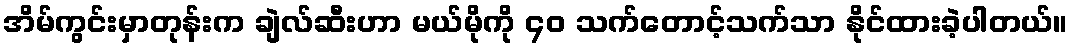
အိမ်ကွင်းမှာတုန်းက ချဲလ်ဆီးဟာ မယ်မိုကို ၄၀ သက်တောင့်သက်သာ နိုင်ထားခဲ့ပါတယ်။